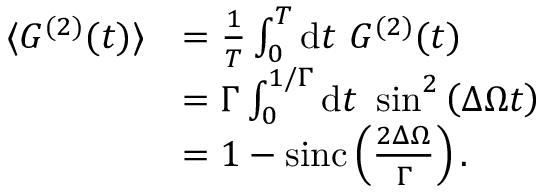
\begin{array} { r l } { \langle G ^ { ( 2 ) } ( t ) \rangle } & { = \frac { 1 } { T } \int _ { 0 } ^ { T } \mathrm { d } t \ G ^ { ( 2 ) } ( t ) } \\ & { = \Gamma \int _ { 0 } ^ { 1 / \Gamma } \mathrm { d } t \ \sin ^ { 2 } \left( \Delta \Omega t \right) } \\ & { = 1 - \mathrm { s i n c } \left( \frac { 2 \Delta \Omega } { \Gamma } \right) . } \end{array}